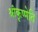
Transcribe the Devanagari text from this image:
श्रीकृष्णेति